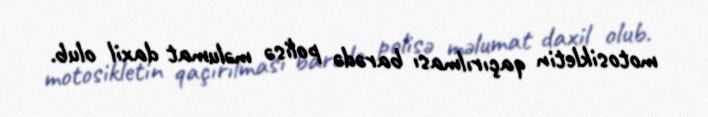
motosikletin qaçırılması barədə polisə məlumat daxil olub.